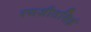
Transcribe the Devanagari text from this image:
रणजीतसिहं